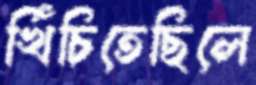
খিঁচিতেছিলে